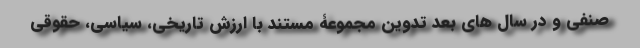
صنفی و در سال های بعد تدوین مجموعۀ مستند با ارزش تاریخی، سیاسی، حقوقی